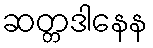
ဆတ္တဒါနေန